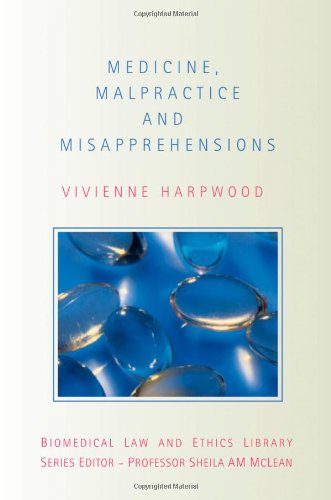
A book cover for Medicine, Malpractice and Misapprehensions (Biomedical Law and Ethics Library); V.H. Harpwood; Law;